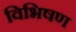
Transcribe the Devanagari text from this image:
विभिषण